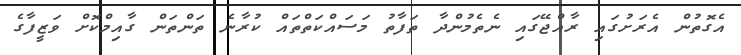
އެގޮތުން އެރަށުގައި ރާއްޖޭގައި ނެތެމުންދާ ތަފާތު މަސައްކަތްތައް ކުރާނެ ތަންތަން ގާއިމްކޮށް ވަޒީފާގެ